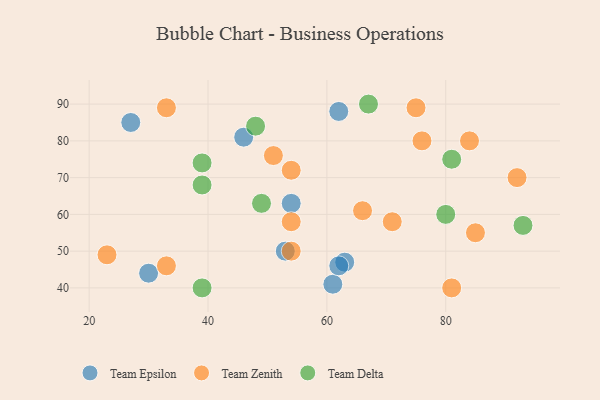
{"axis": {"x": "GDP", "y": "Life Expectancy"}, "legend": ["Team Delta", "Team Epsilon", "Team Zenith"], "data": [{"x": "54", "y": 63, "type": "Team Epsilon"}, {"x": "53", "y": 50, "type": "Team Epsilon"}, {"x": "46", "y": 81, "type": "Team Epsilon"}, {"x": "27", "y": 85, "type": "Team Epsilon"}, {"x": "62", "y": 88, "type": "Team Epsilon"}, {"x": "63", "y": 47, "type": "Team Epsilon"}, {"x": "61", "y": 41, "type": "Team Epsilon"}, {"x": "30", "y": 44, "type": "Team Epsilon"}, {"x": "62", "y": 46, "type": "Team Epsilon"}, {"x": "66", "y": 61, "type": "Team Zenith"}, {"x": "54", "y": 50, "type": "Team Zenith"}, {"x": "85", "y": 55, "type": "Team Zenith"}, {"x": "84", "y": 80, "type": "Team Zenith"}, {"x": "76", "y": 80, "type": "Team Zenith"}, {"x": "33", "y": 89, "type": "Team Zenith"}, {"x": "23", "y": 49, "type": "Team Zenith"}, {"x": "71", "y": 58, "type": "Team Zenith"}, {"x": "75", "y": 89, "type": "Team Zenith"}, {"x": "33", "y": 46, "type": "Team Zenith"}, {"x": "54", "y": 72, "type": "Team Zenith"}, {"x": "81", "y": 40, "type": "Team Zenith"}, {"x": "51", "y": 76, "type": "Team Zenith"}, {"x": "54", "y": 58, "type": "Team Zenith"}, {"x": "92", "y": 70, "type": "Team Zenith"}, {"x": "80", "y": 60, "type": "Team Delta"}, {"x": "93", "y": 57, "type": "Team Delta"}, {"x": "49", "y": 63, "type": "Team Delta"}, {"x": "81", "y": 75, "type": "Team Delta"}, {"x": "67", "y": 90, "type": "Team Delta"}, {"x": "48", "y": 84, "type": "Team Delta"}, {"x": "39", "y": 68, "type": "Team Delta"}, {"x": "39", "y": 40, "type": "Team Delta"}, {"x": "39", "y": 74, "type": "Team Delta"}]}